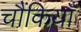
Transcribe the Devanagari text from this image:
चौंकियाँ